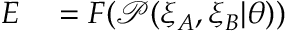
\begin{array} { r l } { E } & { { } = F ( \mathcal { P } ( \xi _ { A } , \xi _ { B } | \theta ) ) } \end{array}